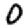
Digit: 0